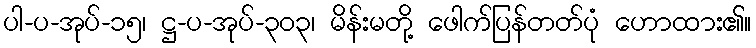
ပါ-ပ-အုပ်-၁၅၊ ဋ္ဌ-ပ-အုပ်-၃၀၃၊ မိန်းမတို့ ဖေါက်ပြန်တတ်ပုံ ဟောထား၏။